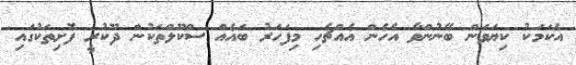
އެކަމަކު ކިޔަވަން ބޭނުންވާ އެހެން އެއްޗެހި މިފަހަރު ބައެއް ސްކޫލްތަކުން ދޫކުރީ ފޮށިތަކުގައި